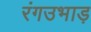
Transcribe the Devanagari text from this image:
रंगउभाड़